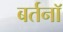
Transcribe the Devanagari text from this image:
बर्तनॉ